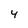
Character: 4